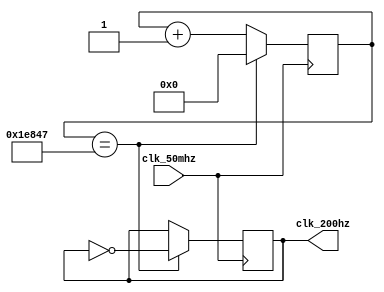
module clk_200hz (
    input clk_50mhz,
    output reg clk_200hz
);

reg [25:0] counter = 0;

always @(posedge clk_50mhz) begin
    if (counter == 124999) begin
        counter <= 0;
        clk_200hz <= ~clk_200hz;
    end
    else begin
        counter <= counter + 1;
    end
end

endmodule